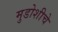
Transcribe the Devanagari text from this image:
मुडोशीचे